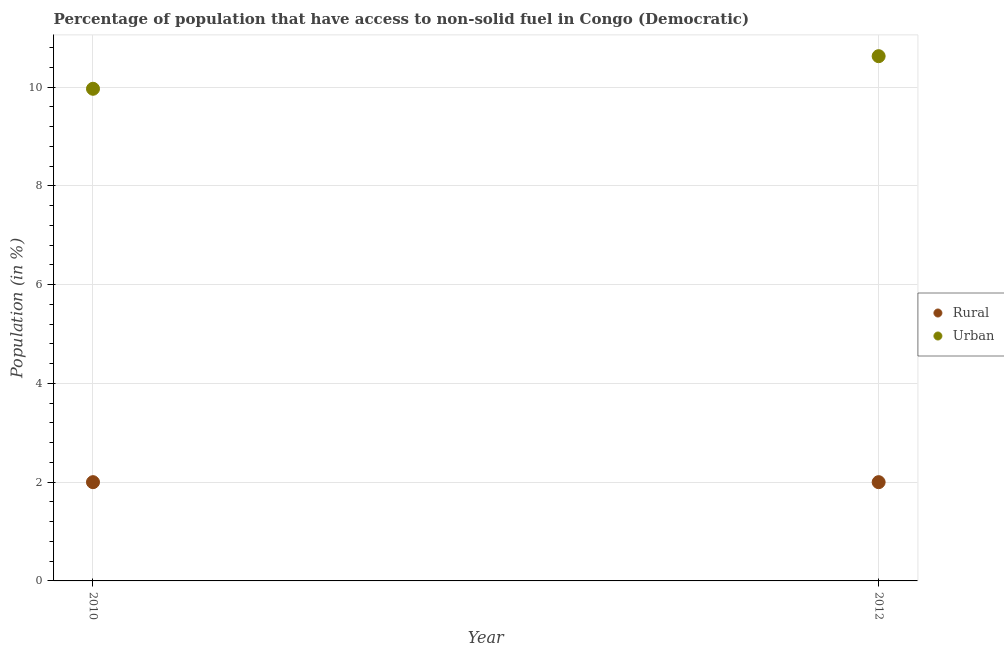
| Year | Rural | Urban |
 | --- | --- | --- |
 | 2010 | 2 | 9.97 |
 | 2012 | 2 | 10.6 |